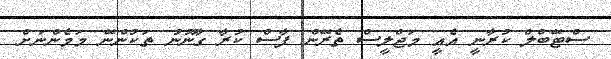
ސްޓޭބްލް ކުރާނީ އެއީ މަޖްލީސް ތެރޭން ފާސް ކުރާ ގާނޫނު ތަކުންނޭ މަމެންނަށް